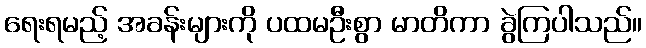
ရေးရမည့် အခန်းများကို ပထမဦးစွာ မာတိကာ ခွဲကြပါသည်။